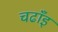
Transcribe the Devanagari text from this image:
चढाँइ